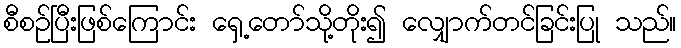
စီစဉ်ပြီးဖြစ်ကြောင်း ရှေ့တော်သို့တိုး၍ လျှောက်တင်ခြင်းပြု သည်။